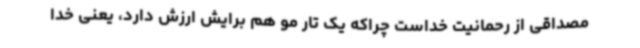
مصداقی از رحمانیت خداست چراکه یک تار مو هم برایش ارزش دارد، یعنی خدا